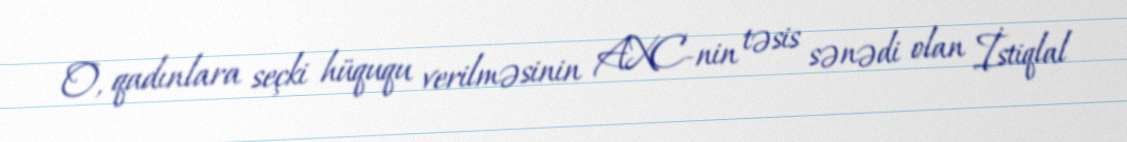
O, qadınlara seçki hüququ verilməsinin AXC-nin təsis sənədi olan İstiqlal